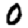
Digit: 0